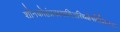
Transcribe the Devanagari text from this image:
शौनकोहंप्रवक्ष्यामिअस्थिक्षेपविधिंक्रमात्